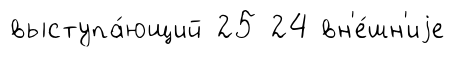
выступа́ющий 25 24 вн'е́шн'иjе